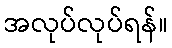
အလုပ်လုပ်ရန်။